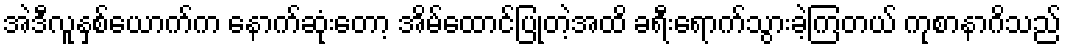
အဲဒီလူနှစ်ယောက်က နောက်ဆုံးတော့ အိမ်ထောင်ပြုတဲ့အထိ ခရီးရောက်သွားခဲ့ကြတယ် ကုစာနာဂိသည်